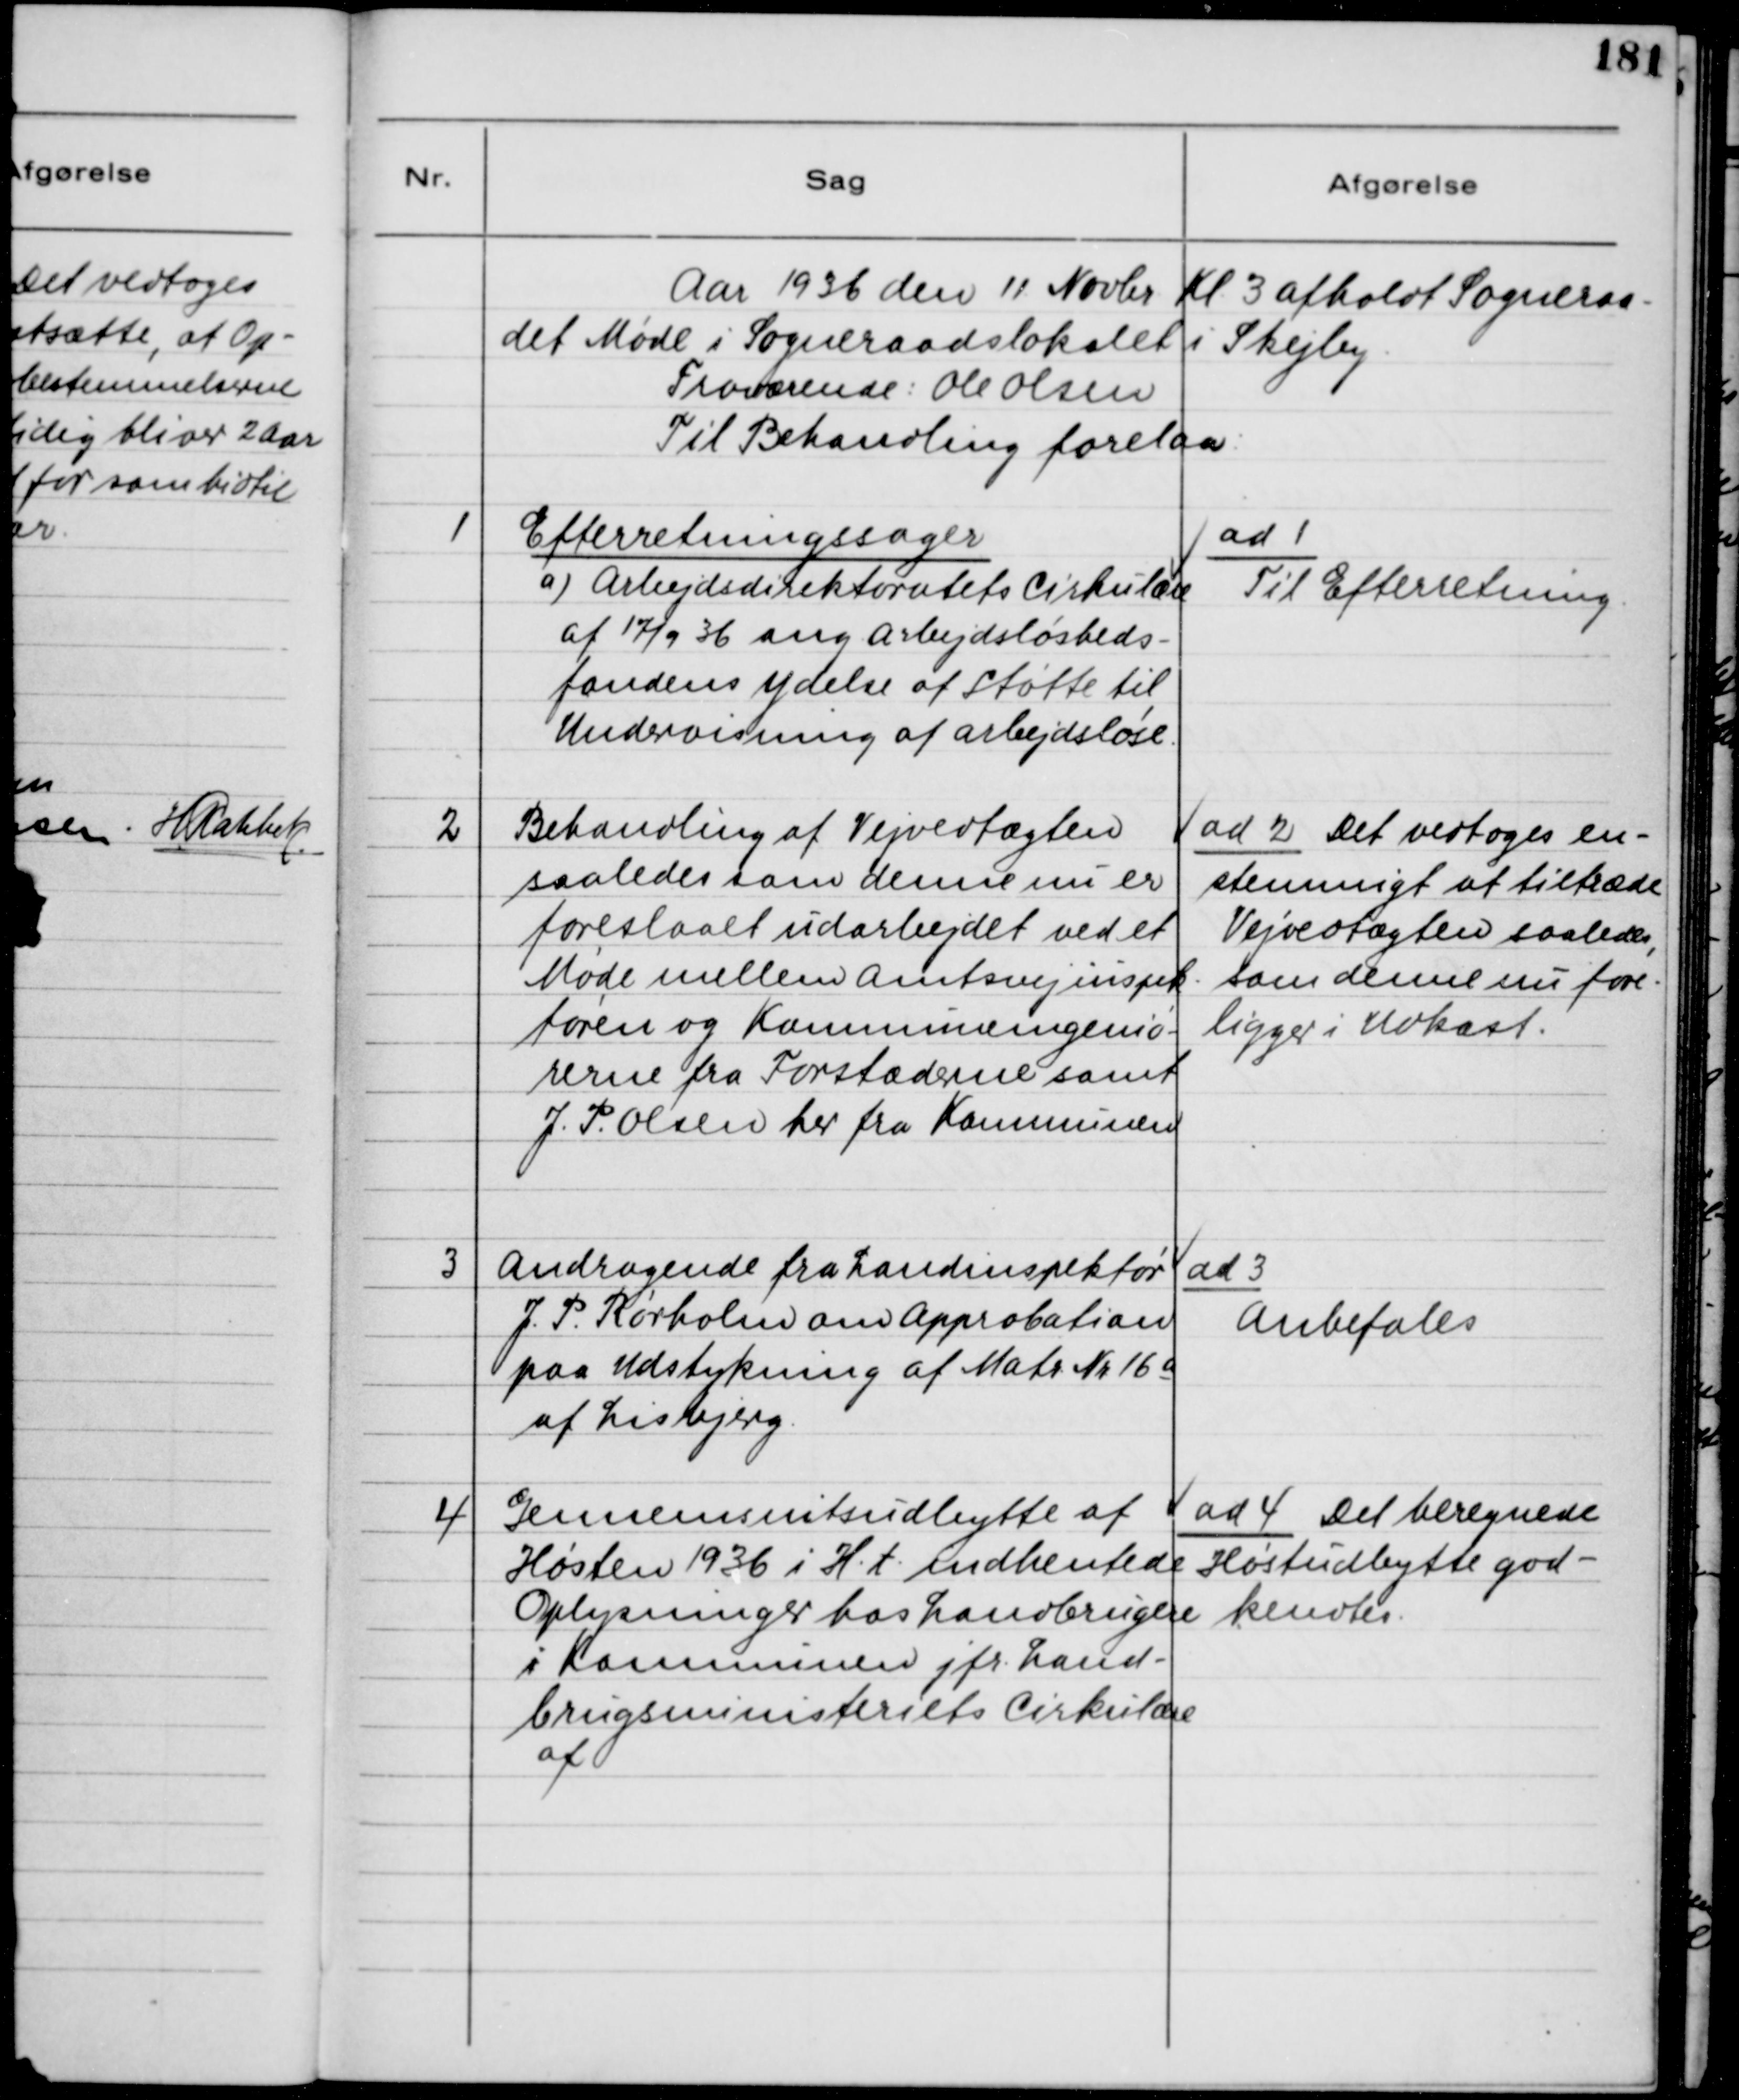
Transskription:
Aar 1936 den 11. Novbr Kl 3 afholdt Sogneraa-
det Møde i Sogneraadslokalet i Skejby
Fraværende: Ole Olsen
Til Behandling forelaa:
1
Efterretningssager
a) Arbejdsdirektoratets Cirkulære
af 17/9 36 ang. Arbejdsløsheds-
fondens Ydelse af Støtte til
Undervisning af arbejdsløse
ad 1
Til Efterretning.
2
Behandling af Vejvedtægten
saaledes som denne nu er
foreslaaet udarbejdet ved et
Møde mellem Amtsvejinspek-
tøren og Kommuneingeniø-
rerne fra Forstæderne samt
J.P. Olsen her fra Kommunen
ad 2 Det vedtoges en-
stemmigt at tiltræde
Vejvedtægten saaledes,
som denne nu fore-
ligger i Udkast.
3
Andragende fra Landinspektør
J.P. Rørholm om Approbation
paa Udstykning af Matr. Nr. 16 a
af Lisbjerg.
ad 3
Anbefales
4
Gennemsnitsudbytte af
Høsten 1936 i H.t. indhentede
Oplysninger hos Landbrugere
i Kommunen jfr. Land-
brugsministeriets Cirkulære
af
ad 4 Det beregnede
Høstudbytte god-
kendtes.